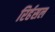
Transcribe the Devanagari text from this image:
रिर्हसल